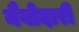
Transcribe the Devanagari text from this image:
नैवोदारी